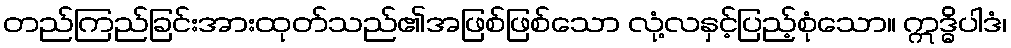
တည်ကြည်ခြင်းအားထုတ်သည်၏အဖြစ်ဖြစ်သော လုံ့လနှင့်ပြည့်စုံသော။ ဣဒ္ဓိပါဒံ၊